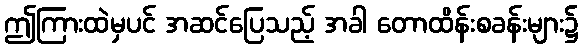
ဤကြားထဲမှပင် အဆင်ပြေသည့် အခါ တောထိန်းစခန်းများ၌